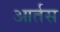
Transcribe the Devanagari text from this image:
आर्तस